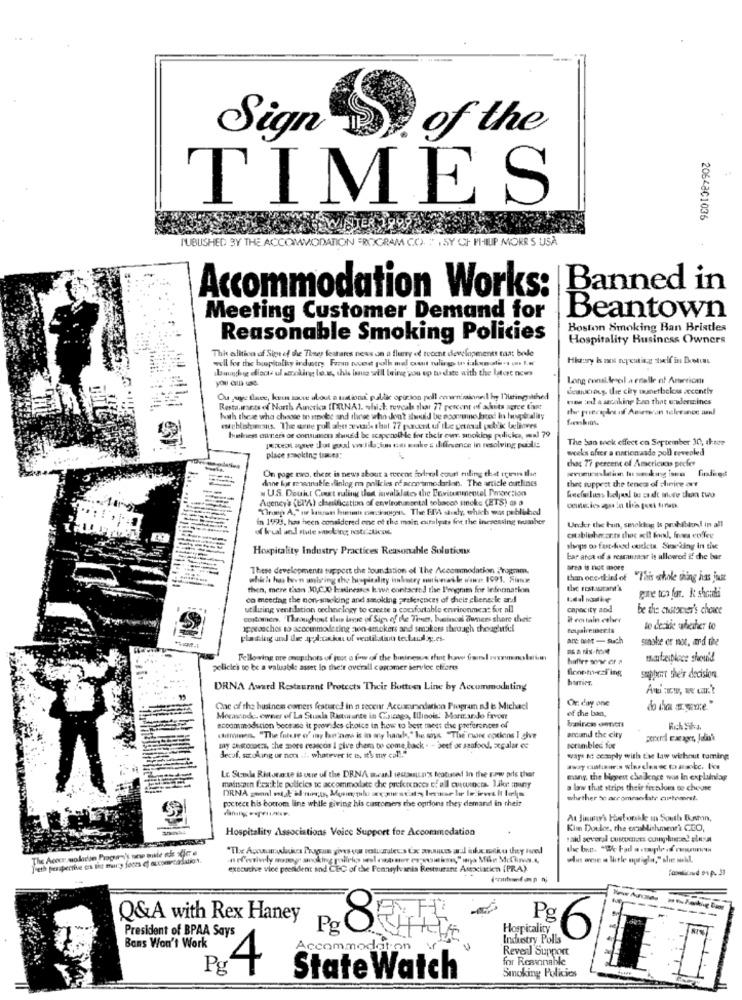
of the
Sign
TIMES
2064801036
TUBUSHED BY THE ACCOMMODATION FRY
RAM COP. " , SY CH PHILIP MORRIS USA
Accommodation Works: Banned in
Meeting Customer Demand for
Beantown
Boston Smoking Ban Bristles
Reasonable Smoking Policies
Hospitality Business Owners
This elitico of Sige of the Times featans news on a flurry of tocent developments taa: bole
well for the hospitality industry Foran recent polb and ovat ruliga ( iuken ale- ( I.«
bauch diects ul smoking lo.w. this issue will bring you up to date with the latest news
Long consi dereil a eralle of America
deucion, the city ounetbelas accently
Ou uye face, kein sauve about a tiationd' public opinion poll cown'sinnet in Theingithed
mina ted a secaking ban that undermines
Resta.ments of North America (DR.NA], which reveals thar 77 percent of ahits agree ton
both these who choose to ineke and ihrse who don't swid be ecoenne Jeod ins hoptraliny
magblisteraus. The erne poll abo vale thul 77 pant uf Ile getical public laclioves
habess corers of oneunser should be scapenolble for their eur, smoking policies, mal 79
The ban tock effect on September 30, thece
weeks after a nationwide poll revealed
place tracking (amex;
that 77 percent of Americans prefer
done for rewanable ifinlog on policies of accommodation. The article outlines
On page two, chese is news about a recent forlocal court ruling that crave tlse
thet suppeet the teness of dinice art
N U.S. Deuit Cert ruling tos invalalates the Devitementel Pesection
Agency's (ET'A) clarification of environmental sobacos socke (ETS) as a
"Truep A," or hatrans hon esiskaosgy. The ElA straty, which was peblahod
in 1993, has been considered one of the main extalyits free the increasing trumher
Under the bains, smoking Is prohiblord in all
of brual and stute smoking nostr cticas.
Hospitality Industry Practices Reasonable Solutions
shops oo for-food outlets Sewrking in tive
bar arca of a rescanmaar is allowed if che bar
These developments support the foundation of The Accommodation Program.
area is not more
than oco-ties of
"This whole thing has just
then, mere than 30,00 kradresses k wn contsernd the I'wygrim for information
the restaurant's
co meedag the non-smoking and smoking preferences of cheis clienecle ard
utilizing ventilation technology to create a cousfortable environmea: for all
capacity and
be the custocier's choice
customen. Theauchout thuis lagse of Sign of the Times, basincal Tuners share their
it contain calver
approaches to accommodating con senckers and smokers through theachtfel
Beyalreineets
to decide better to
placing und ile gal:cxku of ventilation tecual y.es.
ane Duet - such
smoke or not, and the
Following are onupshots of jest o fow of the bininews that haw ful
policies to be a valuable asset In the't overall captomer service ciones
fcnohycasing
support their decision.
DRNA Award Restaurant Protects Their Bottom Line by Accommodating
Or day one
Cac of the business owners featured in n secenr Accommodation Program nd t: Michacl
of the ban,
Morande. owner of La Stala Ristorante in Chicago, Illinois' Mermar do frvon
accommodation becease it poow des choice in how to best meet che preferences of
(hllinea. "The future of may be'nas is in any hands," he says "The name eptions I give
arcand the city
my cesconoces, the more resecos I give chem to come back . - beef or seafood, zegular ec
scrambled for
Secof, stroking or non ... whatever it , it's my call!"
ways to comply with the law without tuming
Le Staude Ristorante is one of the DRNA acard testsanen's bootused in the row pile ther
maincaen Crackle policies te accommodate che preferences of all quetutocts. like many
many, the biggest challenge was in explainlag
a law that strips their fre ndues co cheuse
poctect his bottom line while giving his customers the ogrions they demand in their
whether to accommodate customret.
At Jininy's Fotorshle in South Busmon,
Hospitality Associations Voice Support for Accommodation
Kim Doulos, the combichmer' CEO,
J'eth penpertive as the marty foca @f accporcadabios.
olin one = larle musigla," she well.
executive vice president and CEC of the Pennsylvania Restaurant Association (PRA).
Q&A with Rex Haney
President of BPAA Says
Pg
8
Hospitality
Industry Polls
NO
Bons Won't Work
Accommodation
Reveal Support
for Resinahle
Pgʻ
4
Smoking Policies
State Watch